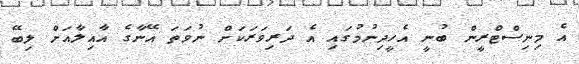
އެ މިނިސްޓްރީން ބުނީ އެހީދިނުމުގައި އެ ދަރިވަރަކަށް ނުވަތަ އޭނާގެ އާއިލާއަށް ލިބޭ